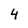
Character: 4